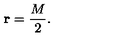
{ \bf r } = \frac { M } { 2 } .